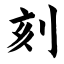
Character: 刻